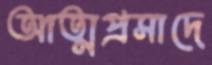
আত্মপ্রসাদে